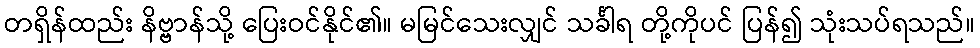
တရှိန်ထည်း နိဗ္ဗာန်သို့ ပြေးဝင်နိုင်၏။ မမြင်သေးလျှင် သင်္ခါရ တို့ကိုပင် ပြန်၍ သုံးသပ်ရသည်။